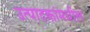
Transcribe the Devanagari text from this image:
उत्पादकांमधील